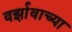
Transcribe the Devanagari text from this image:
वर्झावाच्या